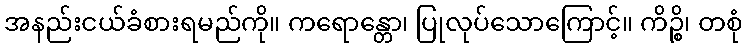
အနည်းငယ်ခံစားရမည်ကို။ ကရောန္တော၊ ပြုလုပ်သောကြောင့်။ ကိဉ္စိ၊ တစုံ